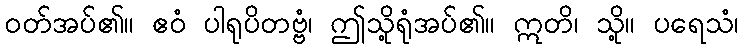
ဝတ်အပ်၏။ ဧဝံ ပါရုပိတဗ္ဗံ၊ ဤသို့ရုံအပ်၏။ ဣတိ၊ သို့။ ပရေသံ၊